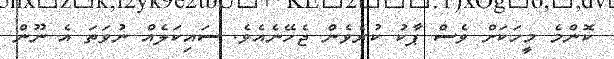
ކޮންމެ މީހަކަށް ވެސް ޕާކު ކުރެވެން ޖެހޭނެއެވެ. ސައިކަލެއް ނުވަތަ އެ ނޫން